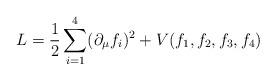
LaTeX: \begin{align*}L = {1\over 2}\sum_{i=1}^4 (\partial_\mu f_i) ^2 + V(f_1,f_2,f_3,f_4)\end{align*}